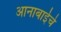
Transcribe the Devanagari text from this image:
आनाबाईचे